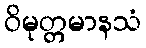
ဝိမုတ္တမာနသံ